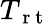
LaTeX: T_{\mathrm{~r~t~}}